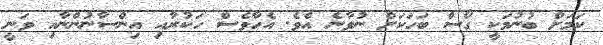
ކަމަށް ބުނުމަކީ ގޯސް ބަހަކަށް ނުވާނެ އެވެ. އެހާވެސް ހަކުރާއި އިންސާނުންނާއި ވަނީ